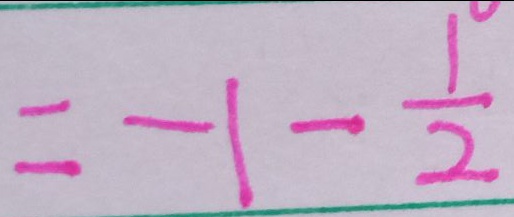
= - 1 - \frac { 1 } { 2 }